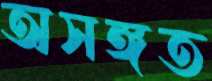
অসঙ্গত